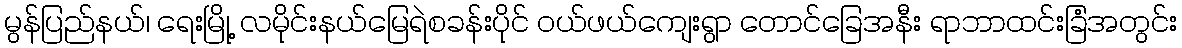
မွန်ပြည်နယ်၊ ရေးမြို့ လမိုင်းနယ်မြေရဲစခန်းပိုင် ဝယ်ဖယ်ကျေးရွာ တောင်ခြေအနီး ရာဘာထင်းခြံအတွင်း